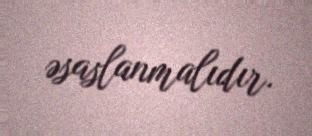
əsaslanmalıdır.